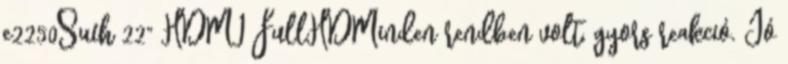
e2250Swh 22" HDMI FullHDMinden rendben volt, gyors reakció. Jó